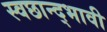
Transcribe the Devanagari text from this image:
स्वछान्द्भावी